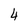
Character: 4